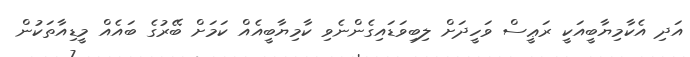
އަދި އެކާމިޔާބީއަކީ ރަޢީސް ވަހީދަށް ލިބިވަޑައިގެންނެވި ކާމިޔާބީއެއް ކަމަށް ބޭރުގެ ބައެއް މީޑިއާތަކުން